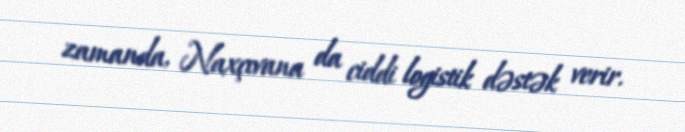
zamanda, Naxçıvana da ciddi logistik dəstək verir.